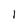
Character: 1